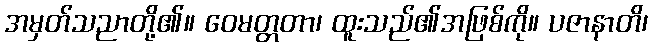
အမှတ်သညာတို့၏။ ဝေမတ္တတာ၊ ထူးသည်၏အဖြစ်ကို။ ပဇာနာတိ၊